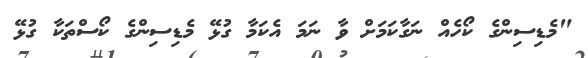
"މެޑިސިންގެ ކޯހެއް ނަގާކަމަށް ވާ ނަމަ އެކަމާ ގުޅޭ މެޑިސިންގެ ކޯސްތަކާ ގުޅޭ